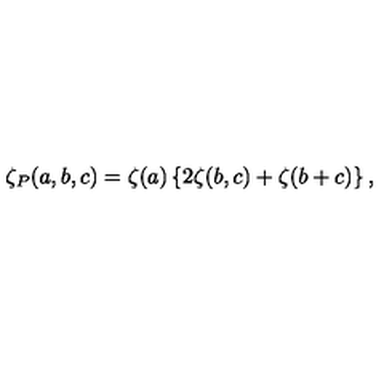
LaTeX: \zeta _ { P } ( a , b , c ) = \zeta ( a ) \left\{ 2 \zeta ( b , c ) + \zeta ( b + c ) \right\} ,